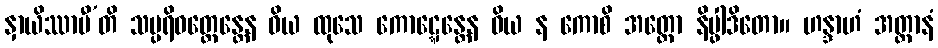
နှာယိဿာမီ’တိ သမ္ပရိဝတ္တေန္တေန ဝိယ ထုသေ ကောဋ္ဋေန္တေန ဝိယ န ကောစိ အတ္ထော နိပ္ဖါဒိတော။ ဟန္ဒာဟံ အတ္တာနံ